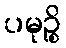
ပမုဉ္စိ